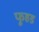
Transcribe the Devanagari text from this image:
फूहड